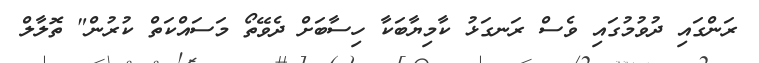
ރަންގައި ދުވުމުގައި ވެސް ރަނގަޅު ކާމިޔާބަކާ ހިސާބަށް ދެވޭތޯ މަސައްކަތް ކުރުން" ތޮލާލް